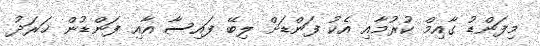
މިފަންޑު ގާއިމް ކުރުމާއި އެކު ފަންޑަށް ލިބޭ ފައިސާ އާއި ފަންޑުން ޚަރަދު